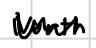
Text: North
Cross-out: zig-zag
Writing tool: digital_black